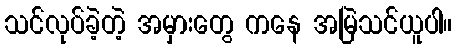
သင်လုပ်ခဲ့တဲ့ အမှားတွေ ကနေ အမြဲသင်ယူပါ။